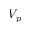
V _ { p }